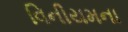
વિનીયમના